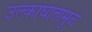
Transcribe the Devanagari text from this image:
उल्काघातामुळे